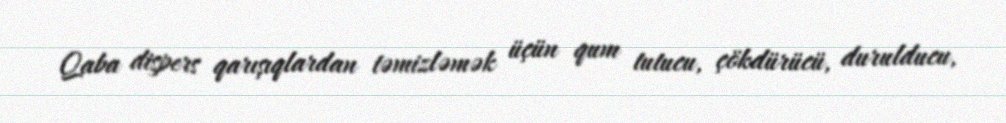
Qaba dispers qarışıqlardan təmizləmək üçün qum tutucu, çökdürücü, durulducu,